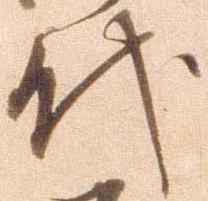
代